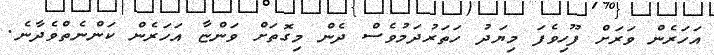
އަހަރެން ވަރަށް ފޫހިވެފަ މިޔަދު ހަތަރުދަމުވެސް ދެން މިގޮތަށް ވަންޏާ އަހަރެން ކަންނެތްވެދާނެ.